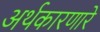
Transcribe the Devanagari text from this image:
अर्थकारणारे